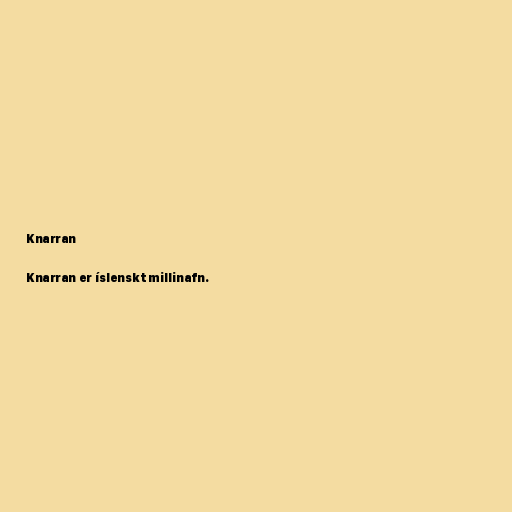
Knarran

Knarran er íslenskt millinafn.